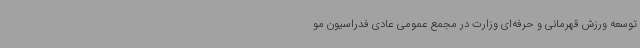
توسعه ورزش قهرمانی و حرفه‌ای وزارت در مجمع عمومی عادی فدراسیون مو